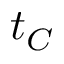
t _ { C }